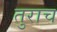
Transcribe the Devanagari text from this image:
तुराच